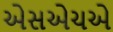
એસએચએ